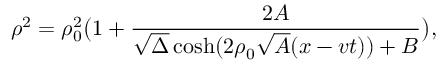
\rho ^ { 2 } = \rho _ { 0 } ^ { 2 } \bigl ( 1 + { \frac { 2 A } { \sqrt { \Delta } \cosh ( 2 \rho _ { 0 } \sqrt { A } ( x - v t ) ) + B } } \bigr ) ,